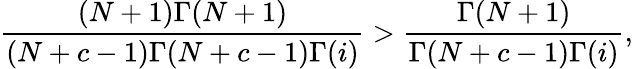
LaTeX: \frac{(N+1)\Gamma(N+1)}{(N+c-1)\Gamma(N+c-1)\Gamma(i)}>\frac{\Gamma(N+1)}{\Gamma(N+c-1)\Gamma(i)},